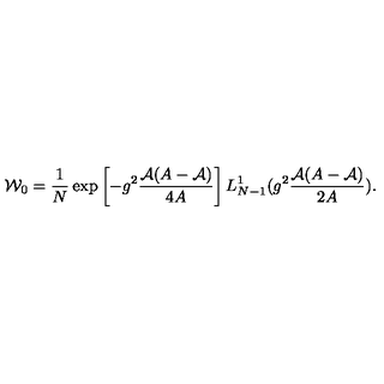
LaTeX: { \cal W } _ { 0 } = \frac { 1 } { N } \exp \left[ - g ^ { 2 } \frac { { \cal A } ( A - { \cal A } ) } { 4 A } \right] L _ { N - 1 } ^ { 1 } ( g ^ { 2 } \frac { { \cal A } ( A - { \cal A } ) } { 2 A } ) .